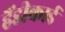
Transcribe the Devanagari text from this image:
हैंडीकार्ड